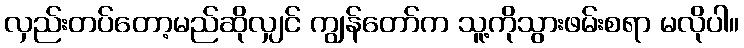
လှည်းတပ်တော့မည်ဆိုလျှင် ကျွန်တော်က သူ့ကိုသွားဖမ်းစရာ မလိုပါ။